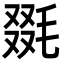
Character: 毲